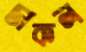
ডাকল